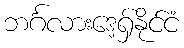
ဘင်္ဂလားဒေ့ရှ်နိုင်ငံ